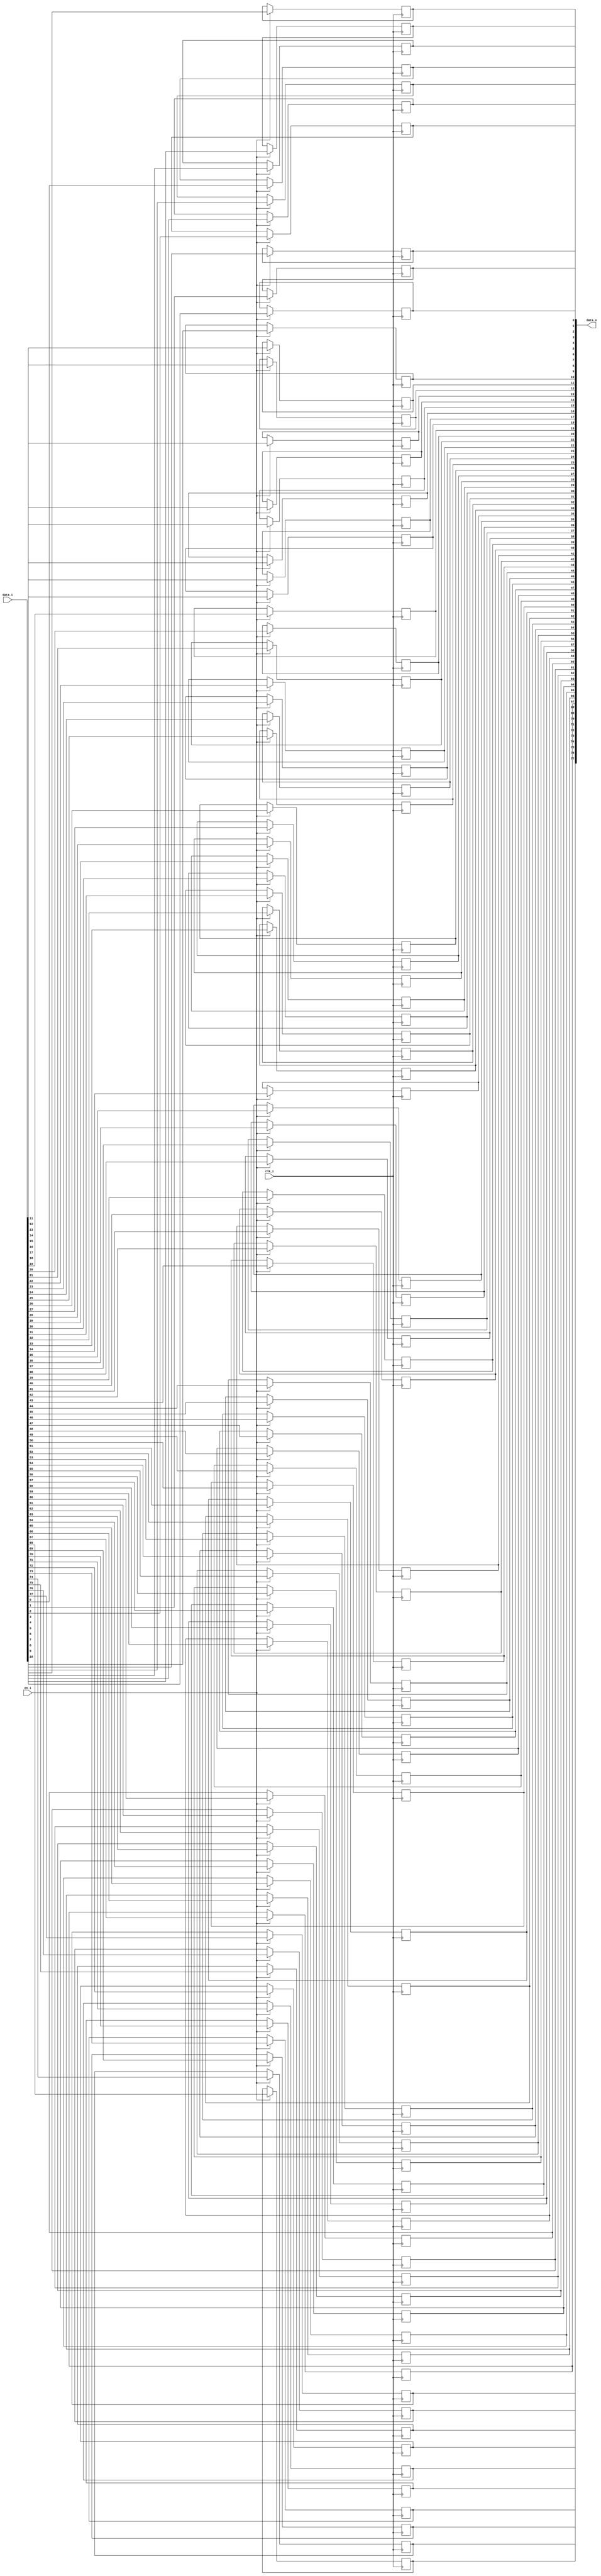
module bsg_dff_en_width_p78
(
  clk_i,
  data_i,
  en_i,
  data_o
);

  input [77:0] data_i;
  output [77:0] data_o;
  input clk_i;
  input en_i;
  wire [77:0] data_o;
  reg data_o_77_sv2v_reg,data_o_76_sv2v_reg,data_o_75_sv2v_reg,data_o_74_sv2v_reg,
  data_o_73_sv2v_reg,data_o_72_sv2v_reg,data_o_71_sv2v_reg,data_o_70_sv2v_reg,
  data_o_69_sv2v_reg,data_o_68_sv2v_reg,data_o_67_sv2v_reg,data_o_66_sv2v_reg,
  data_o_65_sv2v_reg,data_o_64_sv2v_reg,data_o_63_sv2v_reg,data_o_62_sv2v_reg,
  data_o_61_sv2v_reg,data_o_60_sv2v_reg,data_o_59_sv2v_reg,data_o_58_sv2v_reg,data_o_57_sv2v_reg,
  data_o_56_sv2v_reg,data_o_55_sv2v_reg,data_o_54_sv2v_reg,data_o_53_sv2v_reg,
  data_o_52_sv2v_reg,data_o_51_sv2v_reg,data_o_50_sv2v_reg,data_o_49_sv2v_reg,
  data_o_48_sv2v_reg,data_o_47_sv2v_reg,data_o_46_sv2v_reg,data_o_45_sv2v_reg,
  data_o_44_sv2v_reg,data_o_43_sv2v_reg,data_o_42_sv2v_reg,data_o_41_sv2v_reg,
  data_o_40_sv2v_reg,data_o_39_sv2v_reg,data_o_38_sv2v_reg,data_o_37_sv2v_reg,data_o_36_sv2v_reg,
  data_o_35_sv2v_reg,data_o_34_sv2v_reg,data_o_33_sv2v_reg,data_o_32_sv2v_reg,
  data_o_31_sv2v_reg,data_o_30_sv2v_reg,data_o_29_sv2v_reg,data_o_28_sv2v_reg,
  data_o_27_sv2v_reg,data_o_26_sv2v_reg,data_o_25_sv2v_reg,data_o_24_sv2v_reg,
  data_o_23_sv2v_reg,data_o_22_sv2v_reg,data_o_21_sv2v_reg,data_o_20_sv2v_reg,
  data_o_19_sv2v_reg,data_o_18_sv2v_reg,data_o_17_sv2v_reg,data_o_16_sv2v_reg,data_o_15_sv2v_reg,
  data_o_14_sv2v_reg,data_o_13_sv2v_reg,data_o_12_sv2v_reg,data_o_11_sv2v_reg,
  data_o_10_sv2v_reg,data_o_9_sv2v_reg,data_o_8_sv2v_reg,data_o_7_sv2v_reg,
  data_o_6_sv2v_reg,data_o_5_sv2v_reg,data_o_4_sv2v_reg,data_o_3_sv2v_reg,data_o_2_sv2v_reg,
  data_o_1_sv2v_reg,data_o_0_sv2v_reg;
  assign data_o[77] = data_o_77_sv2v_reg;
  assign data_o[76] = data_o_76_sv2v_reg;
  assign data_o[75] = data_o_75_sv2v_reg;
  assign data_o[74] = data_o_74_sv2v_reg;
  assign data_o[73] = data_o_73_sv2v_reg;
  assign data_o[72] = data_o_72_sv2v_reg;
  assign data_o[71] = data_o_71_sv2v_reg;
  assign data_o[70] = data_o_70_sv2v_reg;
  assign data_o[69] = data_o_69_sv2v_reg;
  assign data_o[68] = data_o_68_sv2v_reg;
  assign data_o[67] = data_o_67_sv2v_reg;
  assign data_o[66] = data_o_66_sv2v_reg;
  assign data_o[65] = data_o_65_sv2v_reg;
  assign data_o[64] = data_o_64_sv2v_reg;
  assign data_o[63] = data_o_63_sv2v_reg;
  assign data_o[62] = data_o_62_sv2v_reg;
  assign data_o[61] = data_o_61_sv2v_reg;
  assign data_o[60] = data_o_60_sv2v_reg;
  assign data_o[59] = data_o_59_sv2v_reg;
  assign data_o[58] = data_o_58_sv2v_reg;
  assign data_o[57] = data_o_57_sv2v_reg;
  assign data_o[56] = data_o_56_sv2v_reg;
  assign data_o[55] = data_o_55_sv2v_reg;
  assign data_o[54] = data_o_54_sv2v_reg;
  assign data_o[53] = data_o_53_sv2v_reg;
  assign data_o[52] = data_o_52_sv2v_reg;
  assign data_o[51] = data_o_51_sv2v_reg;
  assign data_o[50] = data_o_50_sv2v_reg;
  assign data_o[49] = data_o_49_sv2v_reg;
  assign data_o[48] = data_o_48_sv2v_reg;
  assign data_o[47] = data_o_47_sv2v_reg;
  assign data_o[46] = data_o_46_sv2v_reg;
  assign data_o[45] = data_o_45_sv2v_reg;
  assign data_o[44] = data_o_44_sv2v_reg;
  assign data_o[43] = data_o_43_sv2v_reg;
  assign data_o[42] = data_o_42_sv2v_reg;
  assign data_o[41] = data_o_41_sv2v_reg;
  assign data_o[40] = data_o_40_sv2v_reg;
  assign data_o[39] = data_o_39_sv2v_reg;
  assign data_o[38] = data_o_38_sv2v_reg;
  assign data_o[37] = data_o_37_sv2v_reg;
  assign data_o[36] = data_o_36_sv2v_reg;
  assign data_o[35] = data_o_35_sv2v_reg;
  assign data_o[34] = data_o_34_sv2v_reg;
  assign data_o[33] = data_o_33_sv2v_reg;
  assign data_o[32] = data_o_32_sv2v_reg;
  assign data_o[31] = data_o_31_sv2v_reg;
  assign data_o[30] = data_o_30_sv2v_reg;
  assign data_o[29] = data_o_29_sv2v_reg;
  assign data_o[28] = data_o_28_sv2v_reg;
  assign data_o[27] = data_o_27_sv2v_reg;
  assign data_o[26] = data_o_26_sv2v_reg;
  assign data_o[25] = data_o_25_sv2v_reg;
  assign data_o[24] = data_o_24_sv2v_reg;
  assign data_o[23] = data_o_23_sv2v_reg;
  assign data_o[22] = data_o_22_sv2v_reg;
  assign data_o[21] = data_o_21_sv2v_reg;
  assign data_o[20] = data_o_20_sv2v_reg;
  assign data_o[19] = data_o_19_sv2v_reg;
  assign data_o[18] = data_o_18_sv2v_reg;
  assign data_o[17] = data_o_17_sv2v_reg;
  assign data_o[16] = data_o_16_sv2v_reg;
  assign data_o[15] = data_o_15_sv2v_reg;
  assign data_o[14] = data_o_14_sv2v_reg;
  assign data_o[13] = data_o_13_sv2v_reg;
  assign data_o[12] = data_o_12_sv2v_reg;
  assign data_o[11] = data_o_11_sv2v_reg;
  assign data_o[10] = data_o_10_sv2v_reg;
  assign data_o[9] = data_o_9_sv2v_reg;
  assign data_o[8] = data_o_8_sv2v_reg;
  assign data_o[7] = data_o_7_sv2v_reg;
  assign data_o[6] = data_o_6_sv2v_reg;
  assign data_o[5] = data_o_5_sv2v_reg;
  assign data_o[4] = data_o_4_sv2v_reg;
  assign data_o[3] = data_o_3_sv2v_reg;
  assign data_o[2] = data_o_2_sv2v_reg;
  assign data_o[1] = data_o_1_sv2v_reg;
  assign data_o[0] = data_o_0_sv2v_reg;

  always @(posedge clk_i) begin
    if(en_i) begin
      data_o_77_sv2v_reg <= data_i[77];
    end 
  end


  always @(posedge clk_i) begin
    if(en_i) begin
      data_o_76_sv2v_reg <= data_i[76];
    end 
  end


  always @(posedge clk_i) begin
    if(en_i) begin
      data_o_75_sv2v_reg <= data_i[75];
    end 
  end


  always @(posedge clk_i) begin
    if(en_i) begin
      data_o_74_sv2v_reg <= data_i[74];
    end 
  end


  always @(posedge clk_i) begin
    if(en_i) begin
      data_o_73_sv2v_reg <= data_i[73];
    end 
  end


  always @(posedge clk_i) begin
    if(en_i) begin
      data_o_72_sv2v_reg <= data_i[72];
    end 
  end


  always @(posedge clk_i) begin
    if(en_i) begin
      data_o_71_sv2v_reg <= data_i[71];
    end 
  end


  always @(posedge clk_i) begin
    if(en_i) begin
      data_o_70_sv2v_reg <= data_i[70];
    end 
  end


  always @(posedge clk_i) begin
    if(en_i) begin
      data_o_69_sv2v_reg <= data_i[69];
    end 
  end


  always @(posedge clk_i) begin
    if(en_i) begin
      data_o_68_sv2v_reg <= data_i[68];
    end 
  end


  always @(posedge clk_i) begin
    if(en_i) begin
      data_o_67_sv2v_reg <= data_i[67];
    end 
  end


  always @(posedge clk_i) begin
    if(en_i) begin
      data_o_66_sv2v_reg <= data_i[66];
    end 
  end


  always @(posedge clk_i) begin
    if(en_i) begin
      data_o_65_sv2v_reg <= data_i[65];
    end 
  end


  always @(posedge clk_i) begin
    if(en_i) begin
      data_o_64_sv2v_reg <= data_i[64];
    end 
  end


  always @(posedge clk_i) begin
    if(en_i) begin
      data_o_63_sv2v_reg <= data_i[63];
    end 
  end


  always @(posedge clk_i) begin
    if(en_i) begin
      data_o_62_sv2v_reg <= data_i[62];
    end 
  end


  always @(posedge clk_i) begin
    if(en_i) begin
      data_o_61_sv2v_reg <= data_i[61];
    end 
  end


  always @(posedge clk_i) begin
    if(en_i) begin
      data_o_60_sv2v_reg <= data_i[60];
    end 
  end


  always @(posedge clk_i) begin
    if(en_i) begin
      data_o_59_sv2v_reg <= data_i[59];
    end 
  end


  always @(posedge clk_i) begin
    if(en_i) begin
      data_o_58_sv2v_reg <= data_i[58];
    end 
  end


  always @(posedge clk_i) begin
    if(en_i) begin
      data_o_57_sv2v_reg <= data_i[57];
    end 
  end


  always @(posedge clk_i) begin
    if(en_i) begin
      data_o_56_sv2v_reg <= data_i[56];
    end 
  end


  always @(posedge clk_i) begin
    if(en_i) begin
      data_o_55_sv2v_reg <= data_i[55];
    end 
  end


  always @(posedge clk_i) begin
    if(en_i) begin
      data_o_54_sv2v_reg <= data_i[54];
    end 
  end


  always @(posedge clk_i) begin
    if(en_i) begin
      data_o_53_sv2v_reg <= data_i[53];
    end 
  end


  always @(posedge clk_i) begin
    if(en_i) begin
      data_o_52_sv2v_reg <= data_i[52];
    end 
  end


  always @(posedge clk_i) begin
    if(en_i) begin
      data_o_51_sv2v_reg <= data_i[51];
    end 
  end


  always @(posedge clk_i) begin
    if(en_i) begin
      data_o_50_sv2v_reg <= data_i[50];
    end 
  end


  always @(posedge clk_i) begin
    if(en_i) begin
      data_o_49_sv2v_reg <= data_i[49];
    end 
  end


  always @(posedge clk_i) begin
    if(en_i) begin
      data_o_48_sv2v_reg <= data_i[48];
    end 
  end


  always @(posedge clk_i) begin
    if(en_i) begin
      data_o_47_sv2v_reg <= data_i[47];
    end 
  end


  always @(posedge clk_i) begin
    if(en_i) begin
      data_o_46_sv2v_reg <= data_i[46];
    end 
  end


  always @(posedge clk_i) begin
    if(en_i) begin
      data_o_45_sv2v_reg <= data_i[45];
    end 
  end


  always @(posedge clk_i) begin
    if(en_i) begin
      data_o_44_sv2v_reg <= data_i[44];
    end 
  end


  always @(posedge clk_i) begin
    if(en_i) begin
      data_o_43_sv2v_reg <= data_i[43];
    end 
  end


  always @(posedge clk_i) begin
    if(en_i) begin
      data_o_42_sv2v_reg <= data_i[42];
    end 
  end


  always @(posedge clk_i) begin
    if(en_i) begin
      data_o_41_sv2v_reg <= data_i[41];
    end 
  end


  always @(posedge clk_i) begin
    if(en_i) begin
      data_o_40_sv2v_reg <= data_i[40];
    end 
  end


  always @(posedge clk_i) begin
    if(en_i) begin
      data_o_39_sv2v_reg <= data_i[39];
    end 
  end


  always @(posedge clk_i) begin
    if(en_i) begin
      data_o_38_sv2v_reg <= data_i[38];
    end 
  end


  always @(posedge clk_i) begin
    if(en_i) begin
      data_o_37_sv2v_reg <= data_i[37];
    end 
  end


  always @(posedge clk_i) begin
    if(en_i) begin
      data_o_36_sv2v_reg <= data_i[36];
    end 
  end


  always @(posedge clk_i) begin
    if(en_i) begin
      data_o_35_sv2v_reg <= data_i[35];
    end 
  end


  always @(posedge clk_i) begin
    if(en_i) begin
      data_o_34_sv2v_reg <= data_i[34];
    end 
  end


  always @(posedge clk_i) begin
    if(en_i) begin
      data_o_33_sv2v_reg <= data_i[33];
    end 
  end


  always @(posedge clk_i) begin
    if(en_i) begin
      data_o_32_sv2v_reg <= data_i[32];
    end 
  end


  always @(posedge clk_i) begin
    if(en_i) begin
      data_o_31_sv2v_reg <= data_i[31];
    end 
  end


  always @(posedge clk_i) begin
    if(en_i) begin
      data_o_30_sv2v_reg <= data_i[30];
    end 
  end


  always @(posedge clk_i) begin
    if(en_i) begin
      data_o_29_sv2v_reg <= data_i[29];
    end 
  end


  always @(posedge clk_i) begin
    if(en_i) begin
      data_o_28_sv2v_reg <= data_i[28];
    end 
  end


  always @(posedge clk_i) begin
    if(en_i) begin
      data_o_27_sv2v_reg <= data_i[27];
    end 
  end


  always @(posedge clk_i) begin
    if(en_i) begin
      data_o_26_sv2v_reg <= data_i[26];
    end 
  end


  always @(posedge clk_i) begin
    if(en_i) begin
      data_o_25_sv2v_reg <= data_i[25];
    end 
  end


  always @(posedge clk_i) begin
    if(en_i) begin
      data_o_24_sv2v_reg <= data_i[24];
    end 
  end


  always @(posedge clk_i) begin
    if(en_i) begin
      data_o_23_sv2v_reg <= data_i[23];
    end 
  end


  always @(posedge clk_i) begin
    if(en_i) begin
      data_o_22_sv2v_reg <= data_i[22];
    end 
  end


  always @(posedge clk_i) begin
    if(en_i) begin
      data_o_21_sv2v_reg <= data_i[21];
    end 
  end


  always @(posedge clk_i) begin
    if(en_i) begin
      data_o_20_sv2v_reg <= data_i[20];
    end 
  end


  always @(posedge clk_i) begin
    if(en_i) begin
      data_o_19_sv2v_reg <= data_i[19];
    end 
  end


  always @(posedge clk_i) begin
    if(en_i) begin
      data_o_18_sv2v_reg <= data_i[18];
    end 
  end


  always @(posedge clk_i) begin
    if(en_i) begin
      data_o_17_sv2v_reg <= data_i[17];
    end 
  end


  always @(posedge clk_i) begin
    if(en_i) begin
      data_o_16_sv2v_reg <= data_i[16];
    end 
  end


  always @(posedge clk_i) begin
    if(en_i) begin
      data_o_15_sv2v_reg <= data_i[15];
    end 
  end


  always @(posedge clk_i) begin
    if(en_i) begin
      data_o_14_sv2v_reg <= data_i[14];
    end 
  end


  always @(posedge clk_i) begin
    if(en_i) begin
      data_o_13_sv2v_reg <= data_i[13];
    end 
  end


  always @(posedge clk_i) begin
    if(en_i) begin
      data_o_12_sv2v_reg <= data_i[12];
    end 
  end


  always @(posedge clk_i) begin
    if(en_i) begin
      data_o_11_sv2v_reg <= data_i[11];
    end 
  end


  always @(posedge clk_i) begin
    if(en_i) begin
      data_o_10_sv2v_reg <= data_i[10];
    end 
  end


  always @(posedge clk_i) begin
    if(en_i) begin
      data_o_9_sv2v_reg <= data_i[9];
    end 
  end


  always @(posedge clk_i) begin
    if(en_i) begin
      data_o_8_sv2v_reg <= data_i[8];
    end 
  end


  always @(posedge clk_i) begin
    if(en_i) begin
      data_o_7_sv2v_reg <= data_i[7];
    end 
  end


  always @(posedge clk_i) begin
    if(en_i) begin
      data_o_6_sv2v_reg <= data_i[6];
    end 
  end


  always @(posedge clk_i) begin
    if(en_i) begin
      data_o_5_sv2v_reg <= data_i[5];
    end 
  end


  always @(posedge clk_i) begin
    if(en_i) begin
      data_o_4_sv2v_reg <= data_i[4];
    end 
  end


  always @(posedge clk_i) begin
    if(en_i) begin
      data_o_3_sv2v_reg <= data_i[3];
    end 
  end


  always @(posedge clk_i) begin
    if(en_i) begin
      data_o_2_sv2v_reg <= data_i[2];
    end 
  end


  always @(posedge clk_i) begin
    if(en_i) begin
      data_o_1_sv2v_reg <= data_i[1];
    end 
  end


  always @(posedge clk_i) begin
    if(en_i) begin
      data_o_0_sv2v_reg <= data_i[0];
    end 
  end


endmodule